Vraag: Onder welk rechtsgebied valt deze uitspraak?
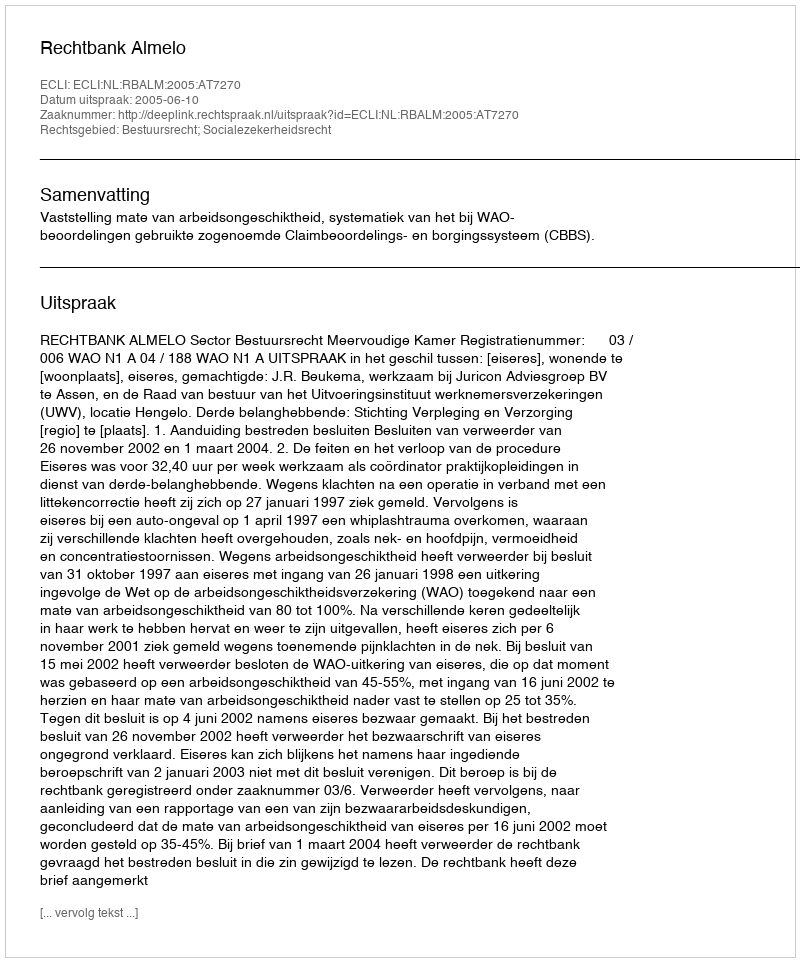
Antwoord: Bestuursrecht; Socialezekerheidsrecht